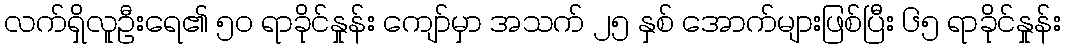
လက်ရှိလူဦးရေ၏ ၅၀ ရာခိုင်နှုန်း ကျော်မှာ အသက် ၂၅ နှစ် အောက်များဖြစ်ပြီး ၆၅ ရာခိုင်နှုန်း